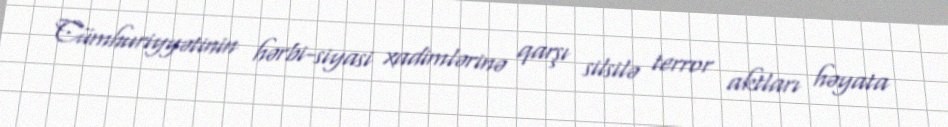
Cümhuriyyətinin hərbi-siyasi xadimlərinə qarşı silsilə terror aktları həyata